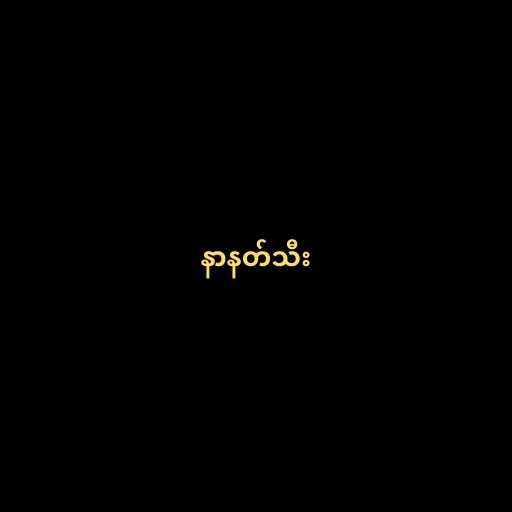
နာနတ်သီး